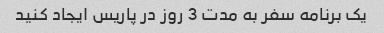
یک برنامه سفر به مدت 3 روز در پاریس ایجاد کنید